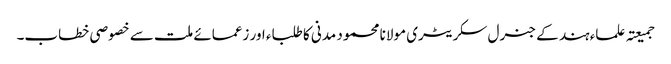
جمیعتہ علماء ہند کے جنرل سکریٹری مولانا محمود مدنی کا طلباء اور زعمائے ملت سے خصوصی خطاب۔